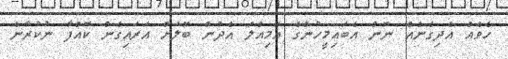
ހެވެއް އެދިގެނެއް ނޫން އެބައިމީހުންގެ އަމިއްލަ އެދުން ބޮލަށް އަރައިގެން ކޮއްފާ ނުކުރާނެ